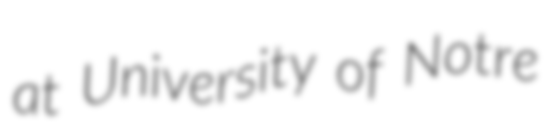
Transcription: at University of Notre